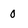
Character: 0